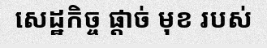
សេដ្ឋកិច្ច ផ្តាច់ មុខ របស់